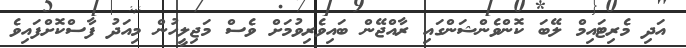
އަދި މެރިޓައިމް ލޭބަ ކޮންވެންޝަންގައި ރާއްޖޭން ބައިވެރިވުމަށް ވެސް މަޖިލީހުން މިއަދު ފާސްކޮށްފައިވެ